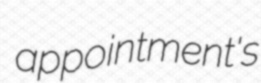
appointment's